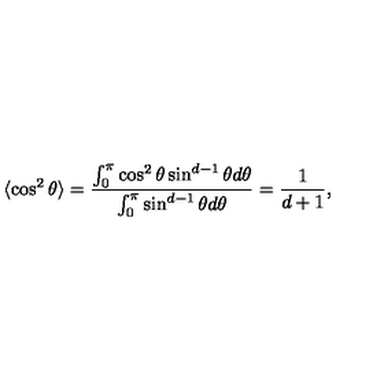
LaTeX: \langle \cos ^ { 2 } \theta \rangle = { \frac { \int _ { 0 } ^ { \pi } \cos ^ { 2 } \theta \sin ^ { d - 1 } \theta d \theta } { \int _ { 0 } ^ { \pi } \sin ^ { d - 1 } \theta d \theta } } = { \frac { 1 } { d + 1 } } ,